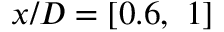
x / D = [ 0 . 6 , \ 1 ]